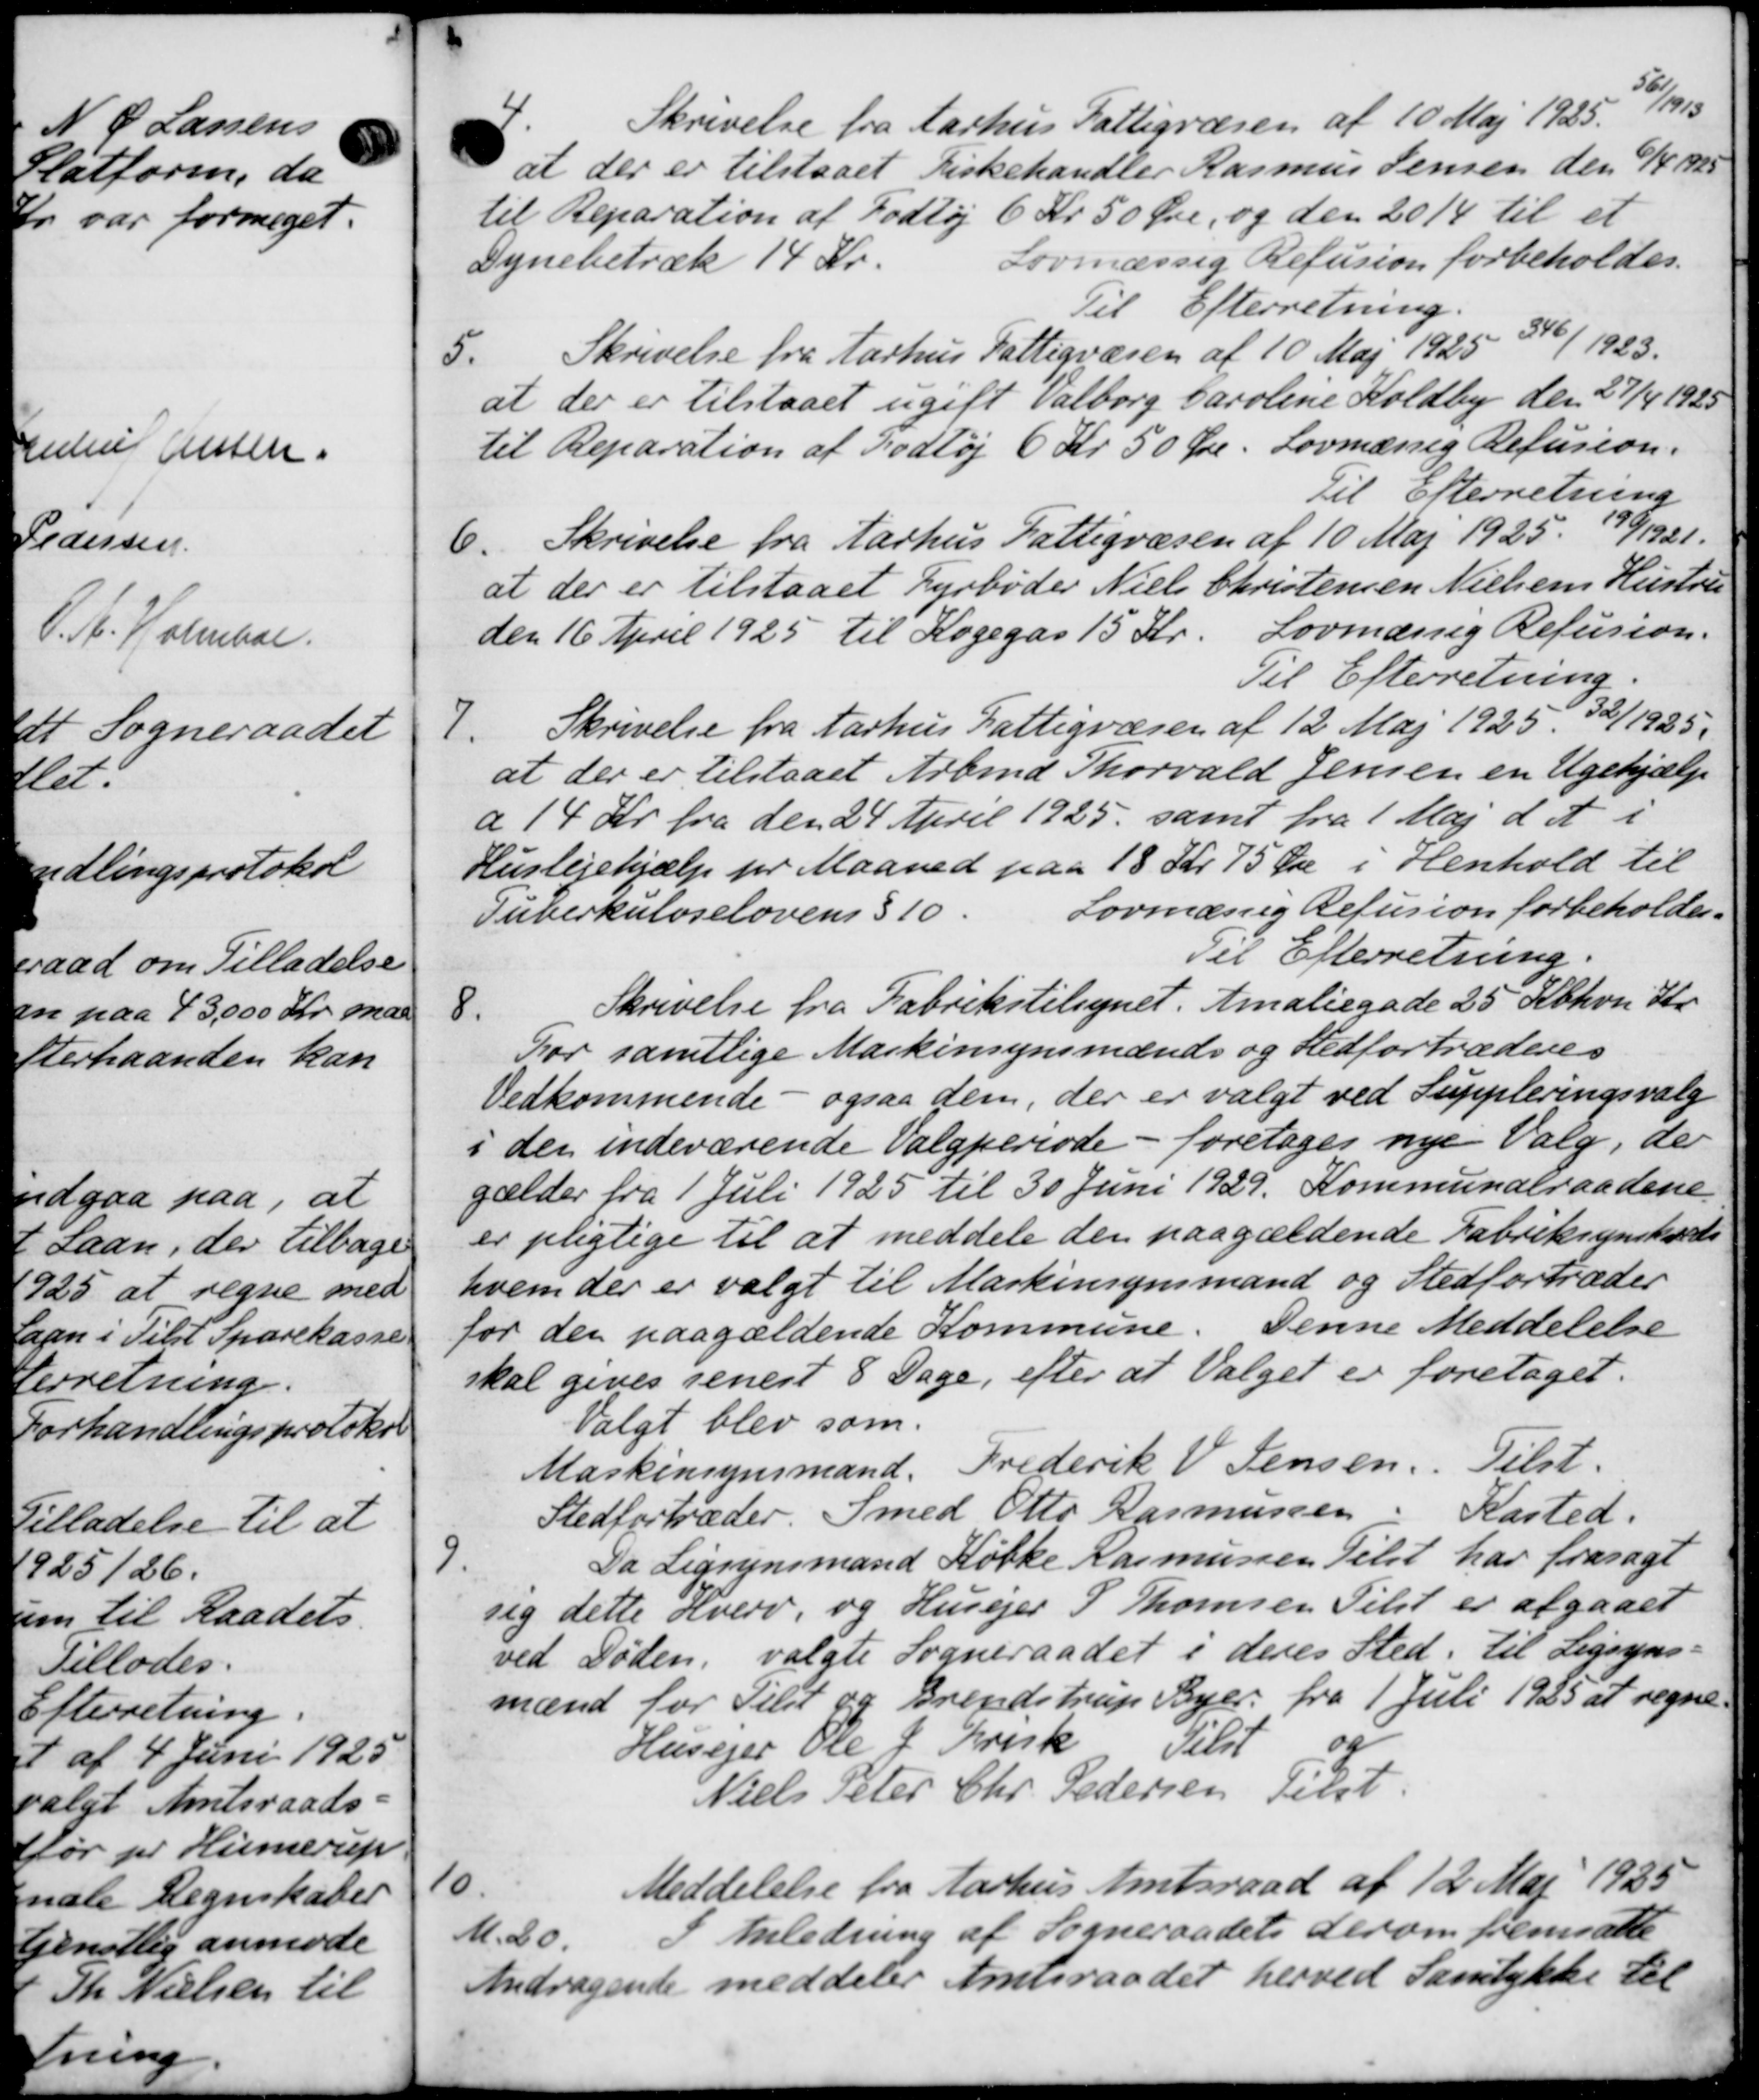
Transskription:
9/2
p
1
4

4

10

5.
Skrivelse fra Aarhus Fattigvæsen af 10 Maj 1925. 11915
at der er tilstaaet Fiskehandler Rasmus Jensen den 1/4 1923
til Reparation af Fodtøj 6 Kr. 50 Øre, og den 2014 til et
Dynebetræk 14 Kr.
Lovmæssig Refusion forbeholdes.
Til Efterretning.
Skrivelse fra Aarhus Fattigvæsen af 10 Maj 1925 316/1923.
5.
at der er tilstaaet ugift Valborg Caroline Koldby den 27/4 1925
til Reparation af Fodtøj 6 Kr 50 Øre. Lovmæssig Refusion.
Til Efterretning
6.
Skrivelse fra Aarhus Fattigvæsen af 10 Maj 1925. 199/1921.
at der er tilstaaet Fyrbøder Niels Christensen Nielsens Hustru
den 16 April 1925 til Kogegas 15 Kr. Lovmæssig Refusion.
Til Efterretning.
7.
Skrivelse fra Aarhus Fattigvæsen af 12 Maj 1925, 32/1925.
at der er tilstaaet Arbmd Thorvald Jensen en Ugehjælp
a 14 Kr. fra den 24 April 1925, samt fra 1 Maj d. A. i
Huslejehjælp for Maaned paa 18 Kr 75 Øre i Henhold til
Lovmæssig Refusion forbeholdes.
Tuberkuloselovens § 10.
Til Efterretning.
8.
Skrivelse fra Fabrikstilsynet. Amaliegade 25 Kbhvn Kr.
For samtlige Maskinsynsmænds og Stedfortræderes
Vedkommende - ogsaa dem, der er valgt ved Suppleringsvalg
i den indeværende Valgperiode - foretages nye Valg, der
gælder fra 1 Juli 1925 til 30 Juni 1929. Kommunalraadene
er pligtige til at meddele den paagældende Fabriksynskreds
hvem der er valgt til Maskinsynsmand og Stedfortræder
for den paagældende Kommune. Denne Meddelelse
skal gives senest 8 Dage, efter at Valget er foretaget.
Valgt blev som
Maskinsynsmand, Frederik V. Jensen. Tilst.
Stedfortræder. Smed Otto Rasmussen: Kasted.

Da Ligsynsmand Købke Rasmussen Telst har frasagt
sig dette Hverv, og Husejer A Thomsen Tilst er afgaaet
ved Døden, valgte Sogneraadet i deres Sted. til Ligsyns-
mænd for Tilst og Brendstrup Byer. fra 1 Juli 1925 at regne.
Tilst og
Husejer Ole J. Krisk
Niels Peter Chr. Pedersen Tilst.
10.
Meddelelse fra Aarhus Amtsraad af 12 Maj 1933
M. 20. Anledning af Sogneraadets derom fremsatte
Andragende meddeler Amtsraadet herved Samtykke til